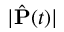
| \hat { \mathbf { P } } ( t ) |